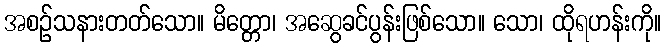
အစဉ်သနားတတ်သော။ မိတ္တော၊ အဆွေခင်ပွန်းဖြစ်သော။ သော၊ ထိုရဟန်းကို။